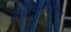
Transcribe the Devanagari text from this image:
ब्राह्मणान्भोजयित्वा